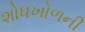
શોધખોળની